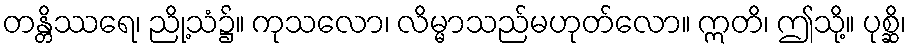
တန္တိဿရေ၊ ညို့သံ၌။ ကုသလော၊ လိမ္မာသည်မဟုတ်လော။ ဣတိ၊ ဤသို့။ ပုစ္ဆိ၊